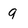
Character: 9